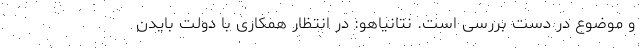
و موضوع در دست بررسی است. نتانیاهو: در انتظار همکاری با دولت بایدن